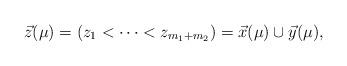
LaTeX: \begin{align*}\vec{z}(\mu) = (z_1 < \cdots < z_{m_1+m_2}) = \vec{x}(\mu) \cup \vec{y}(\mu),\end{align*}